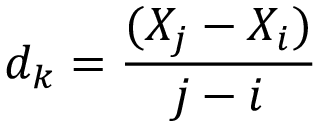
d _ { k } = \frac { ( X _ { j } - X _ { i } ) } { j - i }